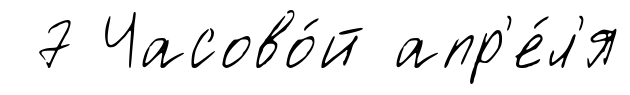
7 Часово́й апр'е́л'я